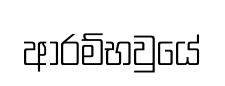
ආරම්භවුයේ